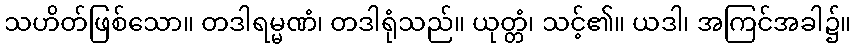
သဟိတ်ဖြစ်သော။ တဒါရမ္မဏံ၊ တဒါရုံသည်။ ယုတ္တံ၊ သင့်၏။ ယဒါ၊ အကြင်အခါ၌။